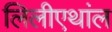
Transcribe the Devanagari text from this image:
लिलीएथांल